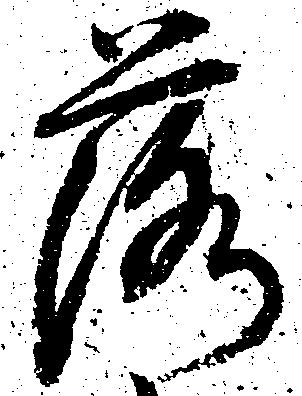
落